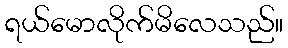
ရယ်မောလိုက်မိလေသည်။